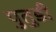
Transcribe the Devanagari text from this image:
पुतुडी